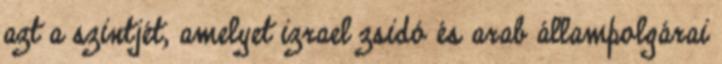
azt a szintjét, amelyet izrael zsidó és arab állampolgárai